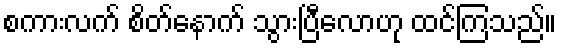
စကားလက် စိတ်နောက် သွားပြီလောဟု ထင်ကြသည်။